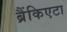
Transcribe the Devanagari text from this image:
ब्रैंकिएटा